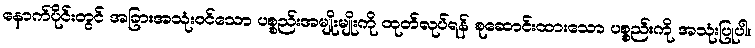
နောက်ပိုင်းတွင် အခြားအသုံးဝင်သော ပစ္စည်းအမျိုးမျိုးကို ထုတ်လုပ်ရန် စုဆောင်းထားသော ပစ္စည်းကို အသုံးပြုပါ။